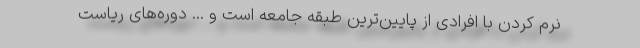
نرم کردن با افرادی از پایین‌ترین طبقهٔ جامعه است و ... دوره‌های ریاست